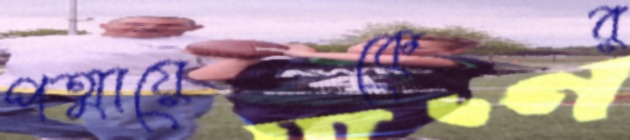
পত্মায়েকের